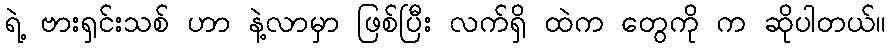
ရဲ့ ဗားရှင်းသစ် ဟာ နဲ့လာမှာ ဖြစ်ပြီး လက်ရှိ ထဲက တွေကို က ဆိုပါတယ်။